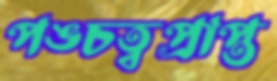
পঙ্চত্বপ্রাপ্ত